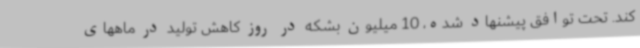
کند. تحت توافق پیشنهاد شده، 10 میلیون بشکه در روز کاهش تولید در ماههای